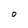
Character: O